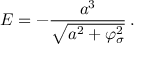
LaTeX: E = - \frac { a ^ { 3 } } { \sqrt { a ^ { 2 } + \varphi _ { \sigma } ^ { 2 } } } \, .